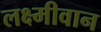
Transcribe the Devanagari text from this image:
लक्ष्मीवान